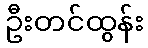
ဦးတင်ထွန်း